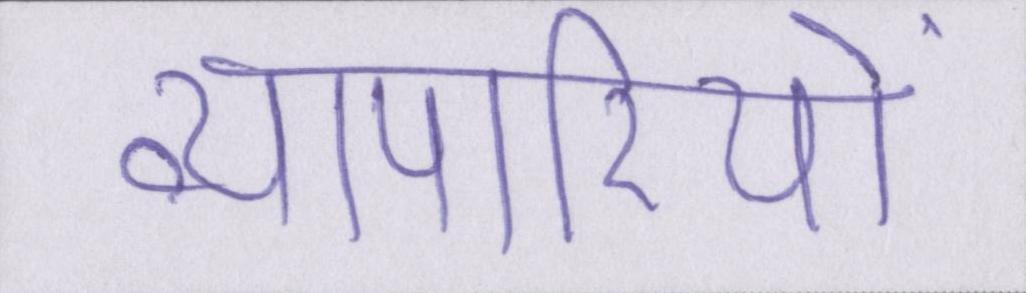
व्यापारियों